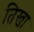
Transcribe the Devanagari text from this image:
तिखा